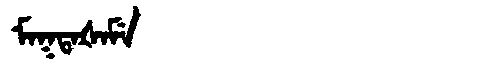
Manchu: ᠮᠠᡴᡨᠠᡧᠠᠮᡝ
Romanization: MAKTAŠAME